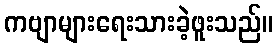
ကဗျာများရေးသားခဲ့ဖူးသည်။